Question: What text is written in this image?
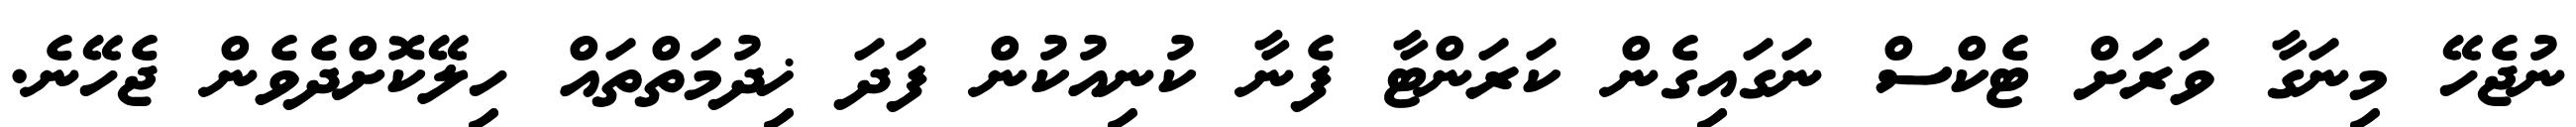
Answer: ނުޖެހޭ މިނަގާ ވަރަށް ޓެކްސް ނަގައިގެން ކަރަންޓާ ފެނާ ކުނިއުކުން ފަދަ ޚިދުމަތްތައް ހިލޭކޮށްދެވެން ޖެހޭނެ.